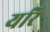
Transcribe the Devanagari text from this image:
यरि